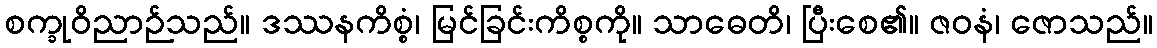
စက္ခုဝိညာဉ်သည်။ ဒဿနကိစ္စံ၊ မြင်ခြင်းကိစ္စကို။ သာဓေတိ၊ ပြီးစေ၏။ ဇဝနံ၊ ဇောသည်။